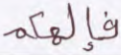
فإلهكم